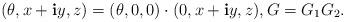
LaTeX: \begin{align*}(\theta,x+\mathbf{i}y,z)=(\theta,0,0)\cdot(0,x+\mathbf{i}y,z), G=G_1G_2.\end{align*}